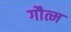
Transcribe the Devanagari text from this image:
गौत्म